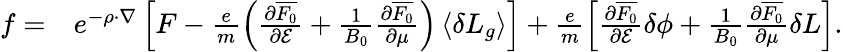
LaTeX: \begin{array}{rl}{f=}&{{}e^{-\rho\cdot\nabla}\left[{F}-\frac{e}{m}\left(\frac{\partial{\overline{{F_{0}}}}}{\partial\mathcal{E}}+\frac{1}{B_{0}}\frac{\partial{\overline{{F_{0}}}}}{\partial\mu}\right)\left\langle\delta L_{g}\right\rangle\right]+\frac{e}{m}\left[\frac{\partial{\overline{{F_{0}}}}}{\partial\mathcal{E}}\delta\phi+\frac{1}{B_{0}}\frac{\partial{\overline{{F_{0}}}}}{\partial\mu}\delta L\right].}\end{array}